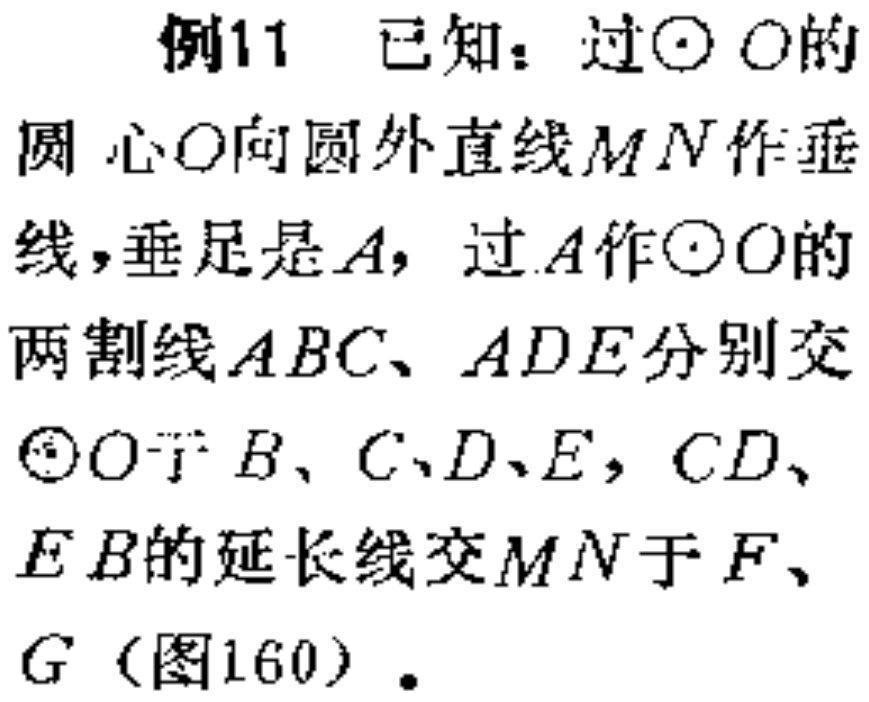
例11 已知：过\(\odot O\)的圆心\(O\)向圆外直线\(MN\)作垂线，垂足是\(A\)，过\(A\)作\(\odot O\)的两割线\(ABC\)、\(ADE\)分别交\(\odot O\)于\(B\)、\(C\)、\(D\)、\(E\)，\(CD\)、\(EB\)的延长线交\(MN\)于\(F\)、\(G\)（图160）.